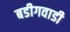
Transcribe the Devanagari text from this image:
बडीगवाडी